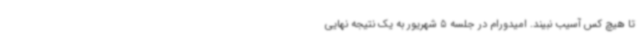
تا هیچ کس آسیب نبیند. امیدورام در جلسه 5 شهریور به یک نتیجه نهایی